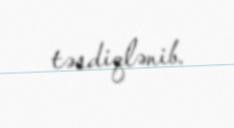
təsdiqlənib.